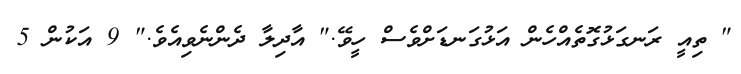
" ތިއީ ރަނގަޅުގޮތެއްހެން އަޅުގަނޑަށްވެސް ހީވޭ." އާދިލާ ދެންނެވިއެވެ." 9 އަކުން 5